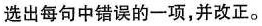
选出每句中错误的一项，并改正。